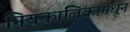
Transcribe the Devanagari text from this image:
नियकालिकांमधून